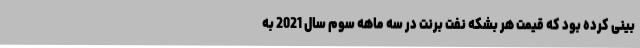
بینی کرده بود که قیمت هر بشکه نفت برنت در سه ماهه سوم سال 2021 به